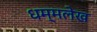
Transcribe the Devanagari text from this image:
धम्मलेख